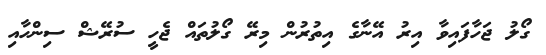
ގޯލު ޖަހާފައިވާ އިރު އޭނާގެ އިތުރުން މިރޭ ގޯލުތައް ޖެހީ ސުރޭޝް ސިންހާއި